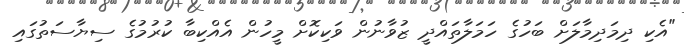
"އެކި ދިމަދިމާލަށް ބަހުގެ ހަމަލާތައްދީ ޒުވާނުން ވަކިކޮށް މީހުން އެއްކިބާ ކުރުމުގެ ސިޔާސަތުގައި